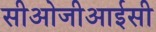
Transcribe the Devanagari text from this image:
सीओजीआईसी